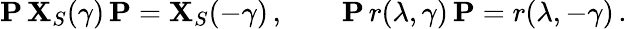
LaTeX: {\mathbf P}\, {\mathbf X}_{S}(\gamma)\, {\mathbf P}={\mathbf X}_{S}(-\gamma)\, ,\qquad{\mathbf P}\, r(\lambda,\gamma)\, {\mathbf P}=r(\lambda,-\gamma)\, .